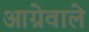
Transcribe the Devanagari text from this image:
आग्रेवाले